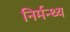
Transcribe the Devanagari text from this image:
निर्मन्थ्य